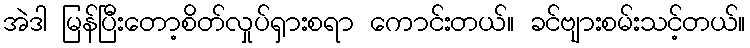
အဲဒါ မြန်ပြီးတော့စိတ်လှုပ်ရှားစရာ ကောင်းတယ်။ ခင်ဗျားစမ်းသင့်တယ်။